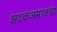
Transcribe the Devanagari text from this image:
झटकजमावचा